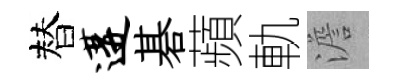
替遘碁蘋軌澹